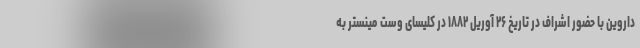
داروین با حضور اشراف در تاریخ ۲۶ آوریل ۱۸۸۲ در کلیسای وست مینستر به